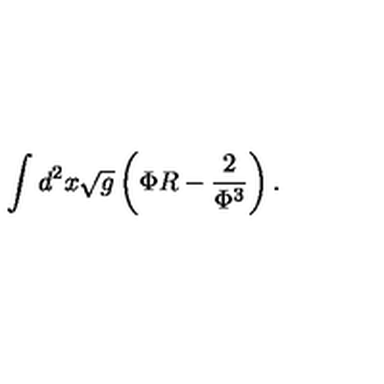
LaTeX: \int d ^ { 2 } x \sqrt { g } \left( \Phi R - \frac { 2 } { \Phi ^ { 3 } } \right) .